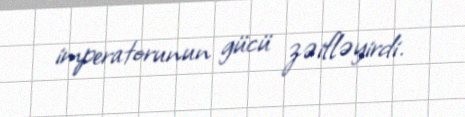
imperatorunun gücü zəifləyirdi.